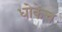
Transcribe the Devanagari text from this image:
धोकेच